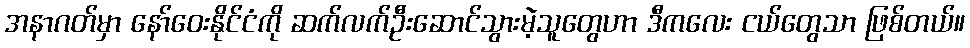
အနာဂတ်မှာ နော်ဝေးနိုင်ငံကို ဆက်လက်ဦးဆောင်သွားမဲ့သူတွေဟာ ဒီကလေး ငယ်တွေသာ ဖြစ်တယ်။